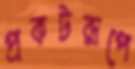
প্রকটরূপে